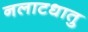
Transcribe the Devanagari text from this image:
नलाटधातु